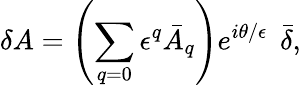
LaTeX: \delta A=\left(\sum_{q=0}\epsilon^{q}\bar{A}_{q}\right)e^{i\theta/{\epsilon}}\; \, \bar{\delta},